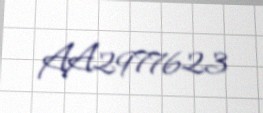
AA2977623